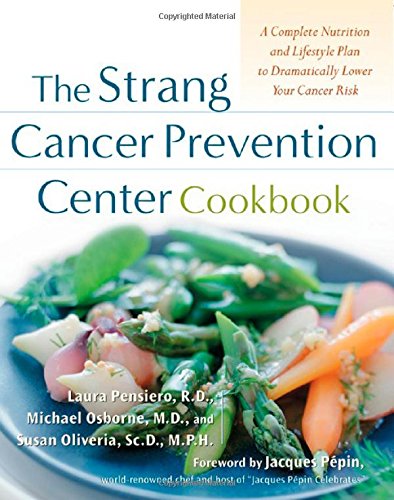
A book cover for The Strang Cancer Prevention Center Cookbook; Laura Pensiero; Cookbooks, Food & Wine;